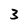
Character: 3